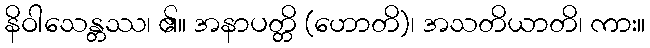
နိဝါသေန္တဿ၊ ၏။ အနာပတ္တိ (ဟောတိ)၊ အသတိယာတိ၊ ကား။